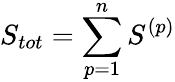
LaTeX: S_{tot}=\sum_{p=1}^{n}S^{(p)}